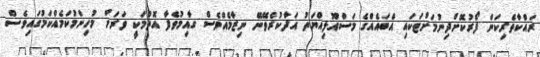
ރައްކާތެރިކަން ފޯރުކޮށްދިނުމަށްޓަކައި އެބައެއްގެ މަސްއޫލިއްޔަތު އަދާކުރެވޭނޭ ނިޒާމެއްވެސް ގާއިމުވެފާ އޮތުމަކީ ވަރަށް މުހިންމުކަމެއްކަމުގައިވެސް